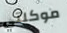
موكلتي